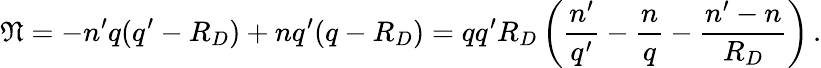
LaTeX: \mathfrak{N}=-n^{\prime}q(q^{\prime}-R_{D})+nq^{\prime}(q-R_{D})=qq^{\prime}R_{D}\left({\frac{n^{\prime}}{q^{\prime}}}-{\frac{n}{q}}-{\frac{n^{\prime}-n}{R_{D}}}\right)\, .